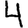
Digit: 4